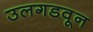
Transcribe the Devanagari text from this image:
उलगडवून